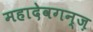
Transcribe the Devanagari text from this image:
महादेवगन्ज़